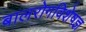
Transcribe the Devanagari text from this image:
बालरोगविशेषज्ञ